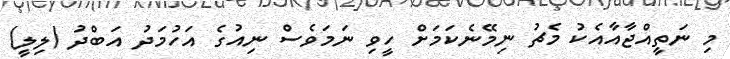
މި ނަތީއްޖާއާއެކު މެޗު ނިމޭނެކަމަށް ހީވި ނަމަވެސް ނިއުގެ އަހުމަދު އަބްދު (ލިލީ)